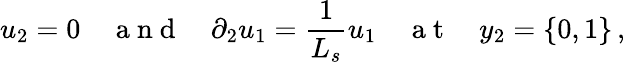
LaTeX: u_{2}=0\quad\mathrm{~a~n~d~}\quad\partial_{2}u_{1}=\frac{1}{L_{s}}u_{1}\quad\mathrm{~a~t~}\quad y_{2}=\{ 0,1\} \, ,